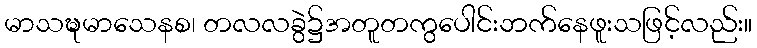
မာသဍ္ဎမာသေနစ၊ တလလခွဲ၌အတူတကွပေါင်းဘက်နေဖူးသဖြင့်လည်း။